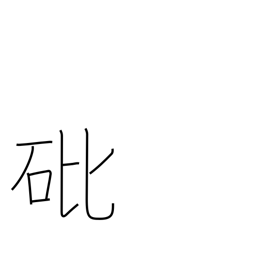
Meaning: arsenic